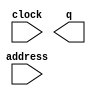
// megafunction wizard: %ROM: 1-PORT%VBB%
// GENERATION: STANDARD
// VERSION: WM1.0
// MODULE: altsyncram 

// ============================================================
// Megafunction Name(s):
// 			altsyncram
//
// Simulation Library Files(s):
// 			altera_mf
// ============================================================
// ************************************************************
// THIS IS A WIZARD-GENERATED FILE. DO NOT EDIT THIS FILE!
//
// 13.1.0 Build 162 10/23/2013 SJ Full Version
// ************************************************************

//Copyright (C) 1991-2013 Altera Corporation
//Your use of Altera Corporation's design tools, logic functions 
//and other software and tools, and its AMPP partner logic 
//functions, and any output files from any of the foregoing 
//(including device programming or simulation files), and any 
//associated documentation or information are expressly subject 
//to the terms and conditions of the Altera Program License 
//Subscription Agreement, Altera MegaCore Function License 
//Agreement, or other applicable license agreement, including, 
//without limitation, that your use is for the sole purpose of 
//programming logic devices manufactured by Altera and sold by 
//Altera or its authorized distributors.  Please refer to the 
//applicable agreement for further details.

module lpm_rom_irom (
	address,
	clock,
	q);

	input	[5:0]  address;
	input	  clock;
	output	[31:0]  q;
`ifndef ALTERA_RESERVED_QIS
// synopsys translate_off
`endif
	tri1	  clock;
`ifndef ALTERA_RESERVED_QIS
// synopsys translate_on
`endif

endmodule

// ============================================================
// CNX file retrieval info
// ============================================================
// Retrieval info: PRIVATE: ADDRESSSTALL_A NUMERIC "0"
// Retrieval info: PRIVATE: AclrAddr NUMERIC "0"
// Retrieval info: PRIVATE: AclrByte NUMERIC "0"
// Retrieval info: PRIVATE: AclrOutput NUMERIC "0"
// Retrieval info: PRIVATE: BYTE_ENABLE NUMERIC "0"
// Retrieval info: PRIVATE: BYTE_SIZE NUMERIC "8"
// Retrieval info: PRIVATE: BlankMemory NUMERIC "0"
// Retrieval info: PRIVATE: CLOCK_ENABLE_INPUT_A NUMERIC "0"
// Retrieval info: PRIVATE: CLOCK_ENABLE_OUTPUT_A NUMERIC "0"
// Retrieval info: PRIVATE: Clken NUMERIC "0"
// Retrieval info: PRIVATE: IMPLEMENT_IN_LES NUMERIC "0"
// Retrieval info: PRIVATE: INIT_FILE_LAYOUT STRING "PORT_A"
// Retrieval info: PRIVATE: INIT_TO_SIM_X NUMERIC "0"
// Retrieval info: PRIVATE: INTENDED_DEVICE_FAMILY STRING "Cyclone V"
// Retrieval info: PRIVATE: JTAG_ENABLED NUMERIC "0"
// Retrieval info: PRIVATE: JTAG_ID STRING "NONE"
// Retrieval info: PRIVATE: MAXIMUM_DEPTH NUMERIC "0"
// Retrieval info: PRIVATE: MIFfilename STRING "add_instmem.mif"
// Retrieval info: PRIVATE: NUMWORDS_A NUMERIC "64"
// Retrieval info: PRIVATE: RAM_BLOCK_TYPE NUMERIC "0"
// Retrieval info: PRIVATE: RegAddr NUMERIC "1"
// Retrieval info: PRIVATE: RegOutput NUMERIC "0"
// Retrieval info: PRIVATE: SYNTH_WRAPPER_GEN_POSTFIX STRING "0"
// Retrieval info: PRIVATE: SingleClock NUMERIC "1"
// Retrieval info: PRIVATE: UseDQRAM NUMERIC "0"
// Retrieval info: PRIVATE: WidthAddr NUMERIC "6"
// Retrieval info: PRIVATE: WidthData NUMERIC "32"
// Retrieval info: PRIVATE: rden NUMERIC "0"
// Retrieval info: LIBRARY: altera_mf altera_mf.altera_mf_components.all
// Retrieval info: CONSTANT: ADDRESS_ACLR_A STRING "NONE"
// Retrieval info: CONSTANT: CLOCK_ENABLE_INPUT_A STRING "BYPASS"
// Retrieval info: CONSTANT: CLOCK_ENABLE_OUTPUT_A STRING "BYPASS"
// Retrieval info: CONSTANT: INIT_FILE STRING "add_instmem.mif"
// Retrieval info: CONSTANT: INTENDED_DEVICE_FAMILY STRING "Cyclone V"
// Retrieval info: CONSTANT: LPM_HINT STRING "ENABLE_RUNTIME_MOD=NO"
// Retrieval info: CONSTANT: LPM_TYPE STRING "altsyncram"
// Retrieval info: CONSTANT: NUMWORDS_A NUMERIC "64"
// Retrieval info: CONSTANT: OPERATION_MODE STRING "ROM"
// Retrieval info: CONSTANT: OUTDATA_ACLR_A STRING "NONE"
// Retrieval info: CONSTANT: OUTDATA_REG_A STRING "UNREGISTERED"
// Retrieval info: CONSTANT: WIDTHAD_A NUMERIC "6"
// Retrieval info: CONSTANT: WIDTH_A NUMERIC "32"
// Retrieval info: CONSTANT: WIDTH_BYTEENA_A NUMERIC "1"
// Retrieval info: USED_PORT: address 0 0 6 0 INPUT NODEFVAL "address[5..0]"
// Retrieval info: USED_PORT: clock 0 0 0 0 INPUT VCC "clock"
// Retrieval info: USED_PORT: q 0 0 32 0 OUTPUT NODEFVAL "q[31..0]"
// Retrieval info: CONNECT: @address_a 0 0 6 0 address 0 0 6 0
// Retrieval info: CONNECT: @clock0 0 0 0 0 clock 0 0 0 0
// Retrieval info: CONNECT: q 0 0 32 0 @q_a 0 0 32 0
// Retrieval info: GEN_FILE: TYPE_NORMAL lpm_rom_irom.v TRUE
// Retrieval info: GEN_FILE: TYPE_NORMAL lpm_rom_irom.inc FALSE
// Retrieval info: GEN_FILE: TYPE_NORMAL lpm_rom_irom.cmp FALSE
// Retrieval info: GEN_FILE: TYPE_NORMAL lpm_rom_irom.bsf FALSE
// Retrieval info: GEN_FILE: TYPE_NORMAL lpm_rom_irom_inst.v FALSE
// Retrieval info: GEN_FILE: TYPE_NORMAL lpm_rom_irom_bb.v TRUE
// Retrieval info: LIB_FILE: altera_mf